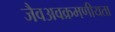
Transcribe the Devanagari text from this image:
जैवअवक्रमणीयता